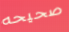
صحيحه